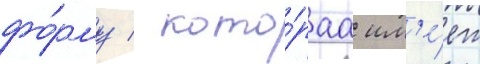
фо́рму / кото́раа им'е́ет